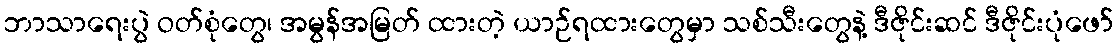
ဘာသာရေးပွဲ ဝတ်စုံတွေ၊ အမွန်အမြတ် ထားတဲ့ ယာဉ်ရထားတွေမှာ သစ်သီးတွေနဲ့ ဒီဇိုင်းဆင် ဒီဇိုင်းပုံဖော်